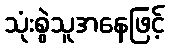
သုံးစွဲသူအနေဖြင့်